Civil Veterinary Department. Central Provinces & Berar 1925-31 - 1925-1931
Year: 1925
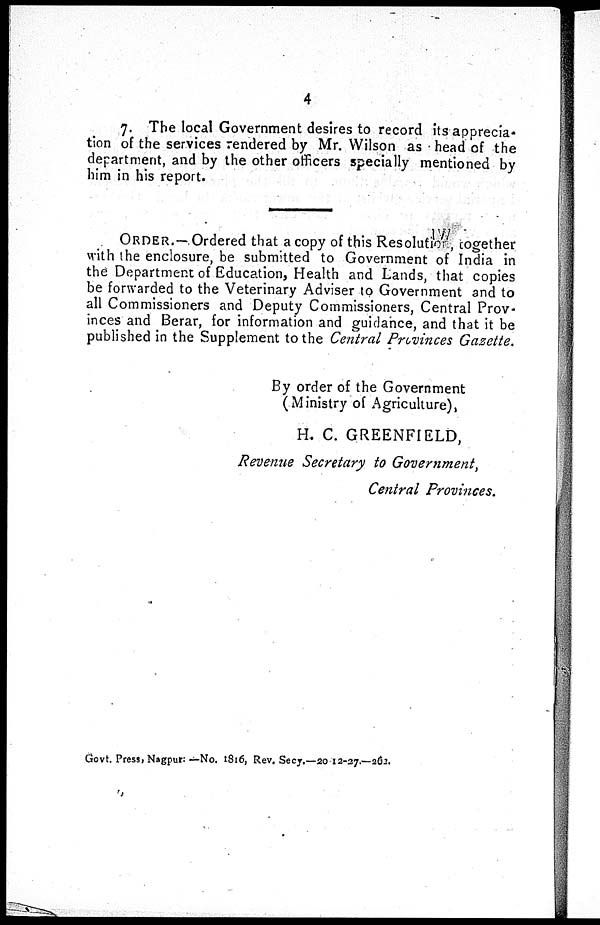
4
7. The local Government desires to record its apprecia-
tion of the services rendered by Mr. Wilson as head of the
department, and by the other officers specially mentioned by
him in his report.
ORDER.— Ordered that a copy of this Resolution, together
with the enclosure, be submitted to Government of India in
the Department of Education, Health and Lands, that copies
be forwarded to the Veterinary Adviser to Government and to
all Commissioners and Deputy Commissioners, Central Prov-
inces and Berar, for information and guidance, and that it be
published in the Supplement to the Central Provinces Gazette.
By order of the Government
(Ministry of Agriculture),
H. C. GREENFIELD,
Revenue Secretary to Government,
Central Provinces.
Govt. Press, Nagpur: —No. 1816, Rev. Secy.—20 . 12-27.—262.